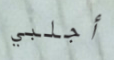
أجلبي